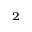
_ 2